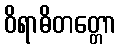
ဝိရာဓိတတ္တော